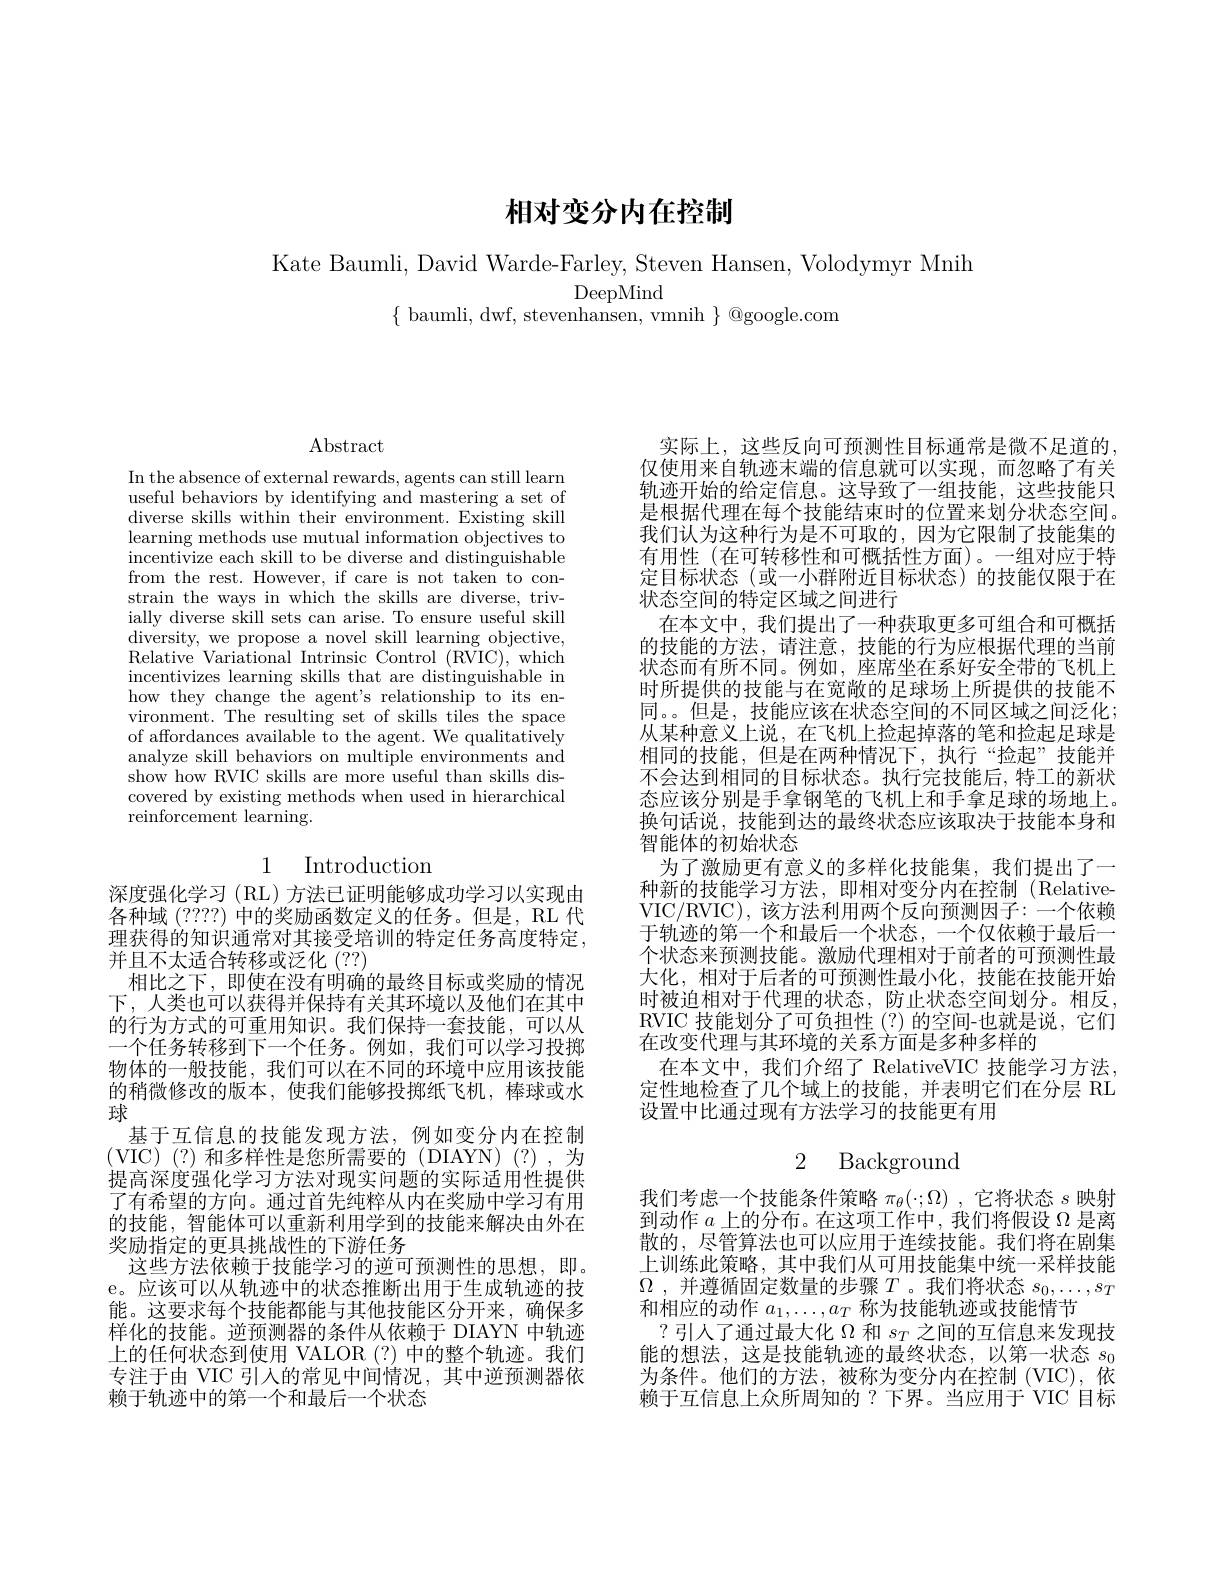
# 相对变分内在控制

Kate Baumli, David Warde-Farley, Steven Hansen, Volodymyr Mnih
DeepMind
$\{$ baumli, dwf, stevenhansen, vmnih $\}$ @google.com

$\operatorname{Abstract}$

In the absence of external rewards, agents can still learn useful behaviors by identifying and mastering a set of diverse skills within their environment. Existing skill learning methods use mutual information objectives to incentivize each skill to be diverse and distinguishable from the rest. However, if care is not taken to constrain the ways in which the skills are diverse, trivially diverse skill sets can arise. To ensure useful skill diversity, we propose a novel skill learning objective, Relative Variational Intrinsic Control (RVIC), which incentivizes learning skills that are distinguishable in how they change the agent's relationship to its environment. The resulting set of skills tiles the space of affordances available to the agent. We qualitatively analyze skill behaviors on multiple environments and show how RVIC skills are more useful than skills discovered by existing methods when used in hierarchical reinforcement learning.

# 1 Introduction

深度强化学习(RL)方法已证明能够成功学习以实现由各种域(????)中的奖励函数定义的任务。但是，RL 代理获得的知识通常对其接受培训的特定任务高度特定， 并且不太适合转移或泛化 (??)
相比之下，即使在没有明确的最终目标或奖励的情况下，人类也可以获得并保持有关其环境以及他们在其中的行为方式的可重用知识。我们保持一套技能，可以从一个任务转移到下一个任务。例如，我们可以学习投掷物体的一般技能，我们可以在不同的环境中应用该技能的稍微修改的版本，使我们能够投掷纸飞机，棒球或水球
基于互信息的技能发现方法，例如变分内在控制(VIC)(?)和多样性是您所需要的(DIAYN)(?),为提高深度强化学习方法对现实问题的实际适用性提供了有希望的方向。通过首先纯粹从内在奖励中学习有用的技能，智能体可以重新利用学到的技能来解决由外在奖励指定的更具挑战性的下游任务
这些方法依赖于技能学习的逆可预测性的思想，即。e。应该可以从轨迹中的状态推断出用于生成轨迹的技能。这要求每个技能都能与其他技能区分开来，确保多样化的技能。逆预测器的条件从依赖于 DIAYN 中轨迹上的任何状态到使用 VALOR (?) 中的整个轨迹。我们专注于由 VIC 引人的常见中间情况，其中逆预测器依赖于轨迹中的第一个和最后一个状态

实际上，这些反向可预测性目标通常是微不足道的， 仅使用来自轨迹末端的信息就可以实现，而忽略了有关轨迹开始的给定信息。这导致了一组技能，这些技能只是根据代理在每个技能结束时的位置来划分状态空间。我们认为这种行为是不可取的，因为它限制了技能集的有用性(在可转移性和可概括性方面)。一组对应于特定目标状态(或一小群附近目标状态)的技能仅限于在状态空间的特定区域之间进行
在本文中，我们提出了一种获取更多可组合和可概括的技能的方法，请注意，技能的行为应根据代理的当前状态而有所不同。例如，座席坐在系好安全带的飞机上时所提供的技能与在宽敞的足球场上所提供的技能不同。。但是，技能应该在状态空间的不同区域之间泛化； 从某种意义上说，在飞机上捡起掉落的笔和捡起足球是相同的技能，但是在两种情况下，执行“捡起”技能并不会达到相同的目标状态。执行完技能后，特工的新状态应该分别是手拿钢笔的飞机上和手拿足球的场地上。换句话说，技能到达的最终状态应该取决于技能本身和智能体的初始状态
为了激励更有意义的多样化技能集，我们提出了一种新的技能学习方法，即相对变分内在控制(RelativeVIC/RVIC), 该方法利用两个反向预测因子：一个依赖于轨迹的第一个和最后一个状态，一个仅依赖于最后一个状态来预测技能。激励代理相对于前者的可预测性最大化，相对于后者的可预测性最小化，技能在技能开始时被迫相对于代理的状态，防止状态空间划分。相反， RVIC 技能划分了可负担性(?)的空间-也就是说，它们在改变代理与其环境的关系方面是多种多样的
在本文中，我们介绍了 RelativeVIC 技能学习方法， 定性地检查了几个域上的技能，并表明它们在分层 RL 设置中比通过现有方法学习的技能更有用

## 2 Background

我们考虑一个技能条件策略$\pi_\theta(\cdot;\Omega)$ ,它将状态$s$映射到动作$a$上的分布。在这项工作中，我们将假设$\Omega$是离散的，尽管算法也可以应用于连续技能。我们将在剧集上训练此策略，其中我们从可用技能集中统一采样技能$\overline {\Omega }$ , 并遵循固定数量的步骤$T$。我们将状态$s_0,\ldots,s_T$ 和相应的动作$a_1,\ldots,a_T$称为技能轨迹或技能情节
?引人了通过最大化$\Omega$和$s_T$之间的互信息来发现技能的想法，这是技能轨迹的最终状态，以第一状态$s_0$ 为条件。他们的方法，被称为变分内在控制 (VIC),依赖于互信息上众所周知的？下界。当应用于 VIC 目标